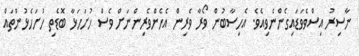
ނާސިރު އިސްވެވަޑައިގެންނެވިއެވެ. އެހިސާބުން ވޯރާ ވެރިން އެހެންވެރިންނަށް ވެސް ހުށަހަޅާ ބޮޑެތި ހުށަހެޅުންތައް